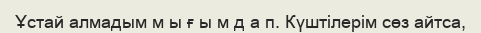
Ұстай алмадым м ы ғ ы м д а п. Күштілерім сөз айтса,